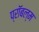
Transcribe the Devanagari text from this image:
प्रॉबल्म